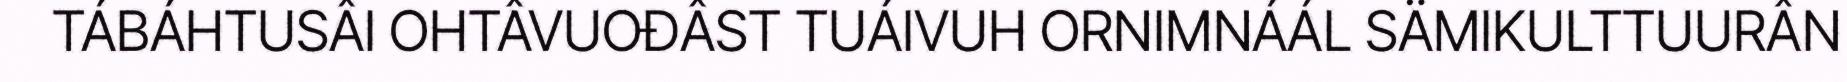
TÁBÁHTUSÂI OHTÂVUOĐÂST TUÁIVUH ORNIMNÁÁL SÄMIKULTTUURÂN